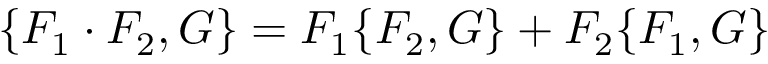
\{ F _ { 1 } \cdot F _ { 2 } , G \} = F _ { 1 } \{ F _ { 2 } , G \} + F _ { 2 } \{ F _ { 1 } , G \}